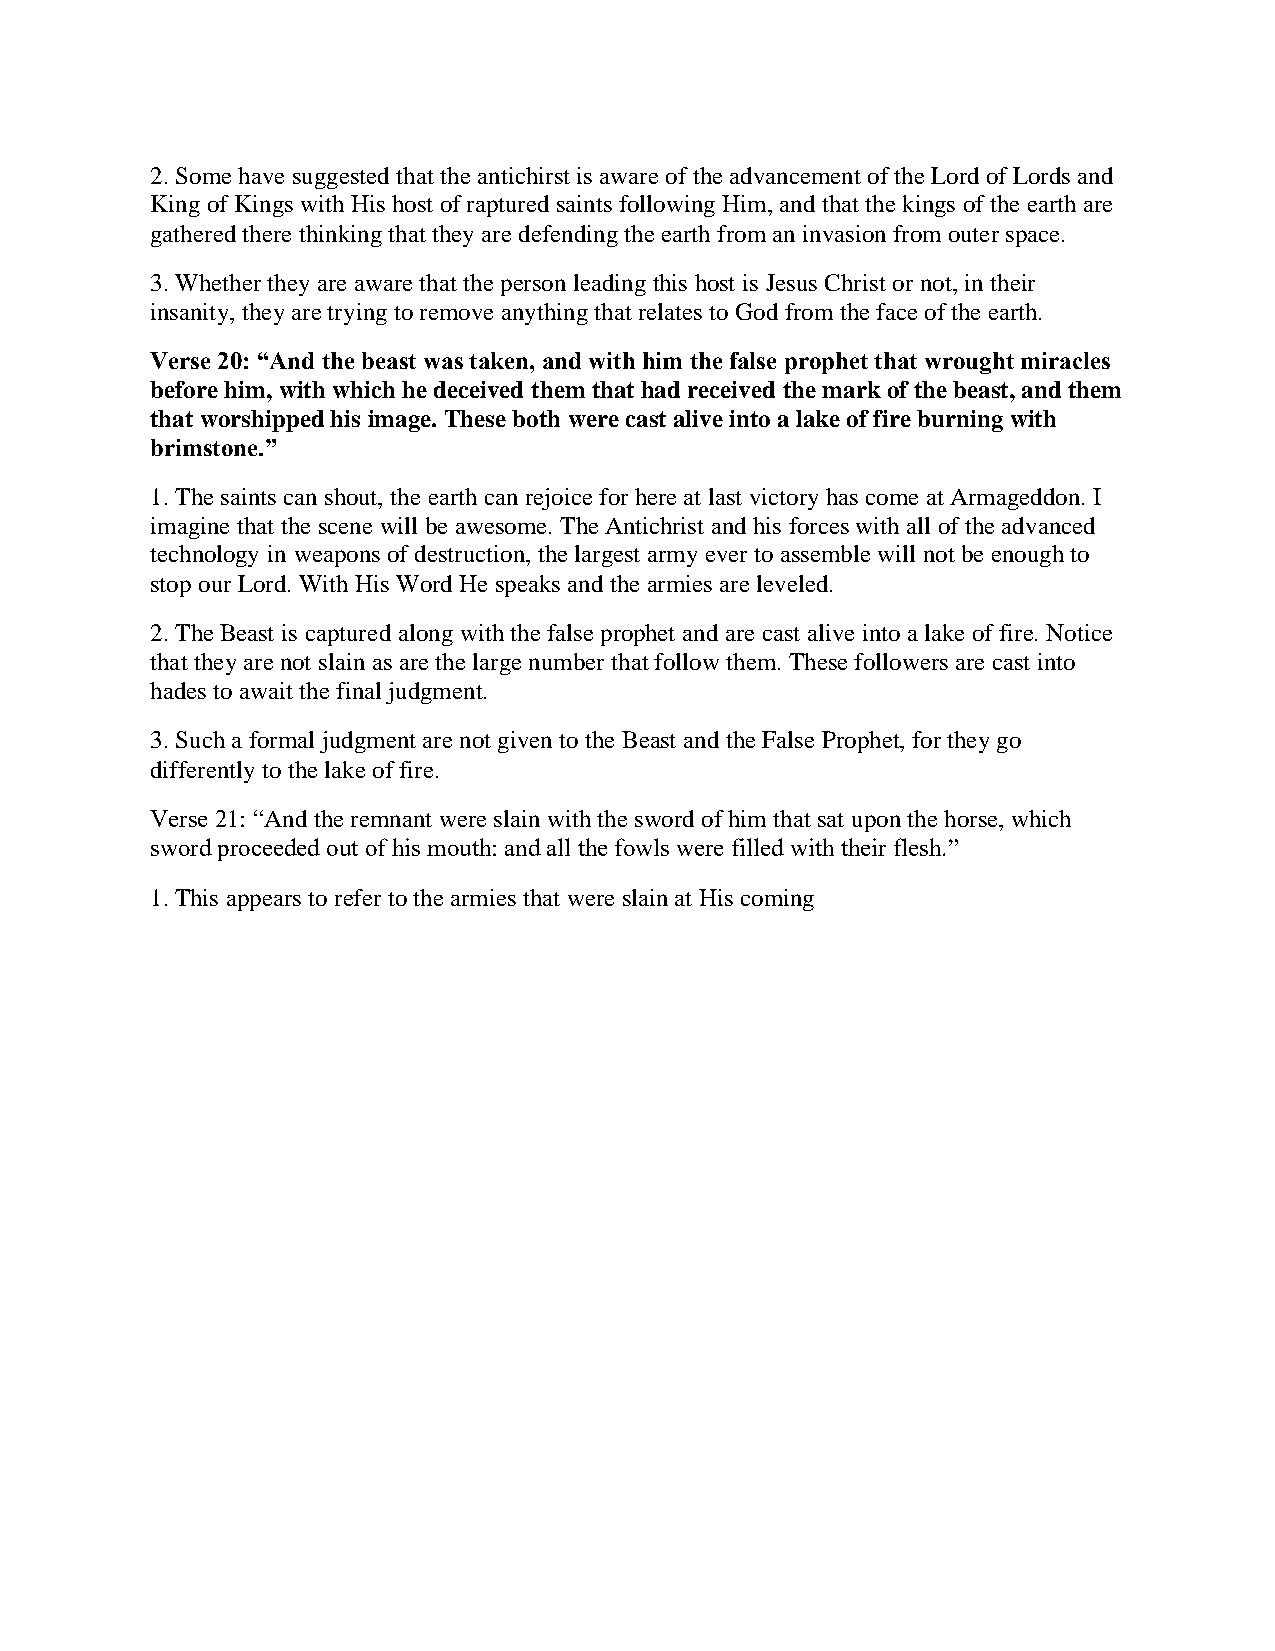
2. Some have suggested that the antichirst is aware of the advancement of the Lord of Lords and
 King of Kings with His host of raptured saints following Him, and that the kings of the earth are
 gathered there thinking that they are defending the earth from an invasion from outer space.
 3. Whether they are aware that the person leading this host is Jesus Christ or not, in their
 insanity, they are trying to remove anything that relates to God from the face of the earth.
 Verse 20: “And the beast was taken, and with him the false prophet that wrought miracles
 before him, with which he deceived them that had received the mark of the beast, and them
 that worshipped his image. These both were cast alive into a lake of fire burning with
 brimstone.”
 1. The saints can shout, the earth can rejoice for here at last victory has come at Armageddon. I
 imagine that the scene will be awesome. The Antichrist and his forces with all of the advanced
 technology in weapons of destruction, the largest army ever to assemble will not be enough to
 stop our Lord. With His Word He speaks and the armies are leveled.
 2. The Beast is captured along with the false prophet and are cast alive into a lake of fire. Notice
 that they are not slain as are the large number that follow them. These followers are cast into
 hades to await the final judgment.
 3. Such a formal judgment are not given to the Beast and the False Prophet, for they go
 differently to the lake of fire.
 Verse 21: “And the remnant were slain with the sword of him that sat upon the horse, which
 sword proceeded out of his mouth: and all the fowls were filled with their flesh.”
 1. This appears to refer to the armies that were slain at His coming